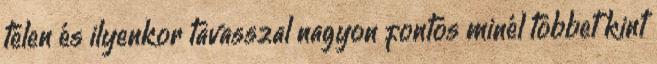
télen és ilyenkor tavasszal nagyon fontos minél többet kint